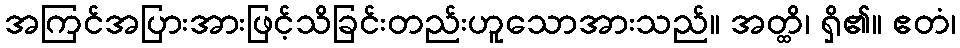
အကြင်အပြားအားဖြင့်သိခြင်းတည်းဟူသောအားသည်။ အတ္ထိ၊ ရှိ၏။ ဧတံ၊